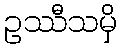
ဥဿီသမှိ